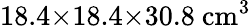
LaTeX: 18.4{\times}18.4{\times}30.8~\mathrm{cm^{3}}